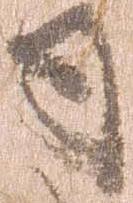
司